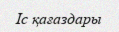
Іс қағаздары